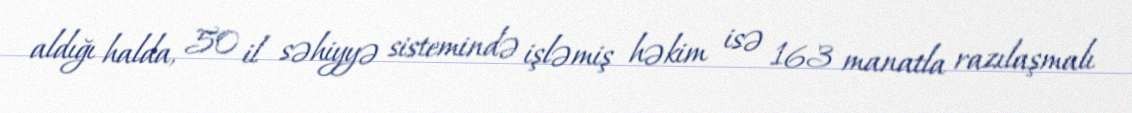
aldığı halda, 50 il səhiyyə sistemində işləmiş həkim isə 163 manatla razılaşmalı